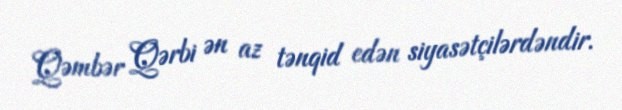
Qəmbər Qərbi ən az tənqid edən siyasətçilərdəndir.